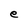
Character: e